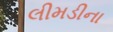
લીમડીના